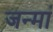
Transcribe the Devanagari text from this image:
जन्मां